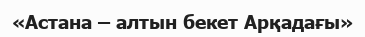
«Астана – алтын бекет Арқадағы»